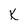
Character: K